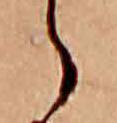
ら